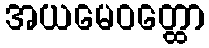
အယမေဝတ္ထော